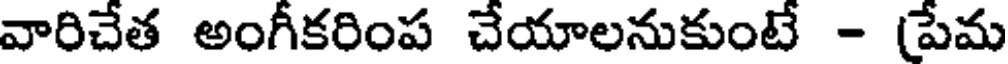
వారిచేత అంగీకరింప చేయాలనుకుంటే - (పేమ